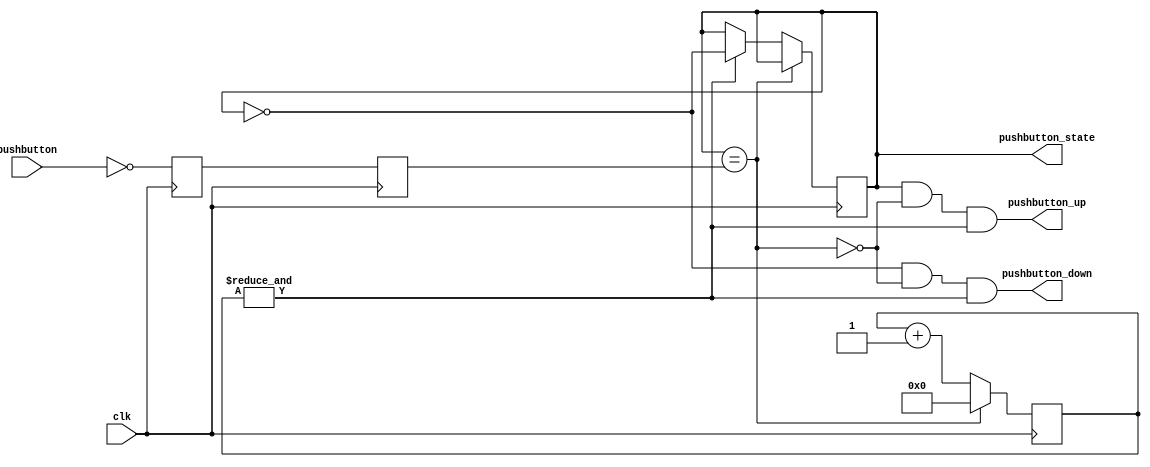
module PushButton_Debouncer (clk, pushbutton, pushbutton_state, pushbutton_up, pushbutton_down);
input clk;  
input pushbutton;  
output pushbutton_state;
output pushbutton_down;
output pushbutton_up;

// First use two flipflops to synchronize the pushbutton signal the "clk"
// clock domain
reg pushbutton_sync_0;
always @(posedge clk)
    pushbutton_sync_0 <= ~pushbutton; 

// invert pushbutton to make pushbutton_sync_0 active high
reg pushbutton_sync_1;
always @(posedge clk)
    pushbutton_sync_1 <= pushbutton_sync_0;


// Next declare a 16-bits counter
reg [15:0] pushbutton_cnt;

// When the push-button is pushed or released, we increment the counter
// The counter has to be maxed out before we decide that the push-button state has changed
reg pushbutton_state;  // state of the push-button (0 when up, 1 when down)
wire pushbutton_idle = (pushbutton_state==pushbutton_sync_1);
wire pushbutton_cnt_max = &pushbutton_cnt;  // true when all bits of pushbutton_cnt are 1's

always @(posedge clk)
if(pushbutton_idle)
    pushbutton_cnt <= 0;  // nothing's going on
else
begin
    pushbutton_cnt <= pushbutton_cnt + 1;  // something's going on, increment the counter
    if(pushbutton_cnt_max)
        pushbutton_state <= ~pushbutton_state;  // if thecounter is maxed out, pushbutton changed!
end

wire pushbutton_down = ~pushbutton_state & ~pushbutton_idle & pushbutton_cnt_max;  // true for one clock cycle when we detect that pushbutton went down
wire pushbutton_up   =  pushbutton_state & ~pushbutton_idle & pushbutton_cnt_max;  // true for one clock cycle when we detect that PB went up

endmodule